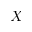
X